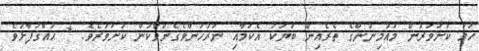
ހަމަ ކަށަވަރުން މުއުމިނުންގެ ތެރެއިން ބަޔަކު އެކަމާއި ނުރުހުންވެގެންވާކަން ކަށަވަރެވެ. * ޙައްޤުފާޅުވެ